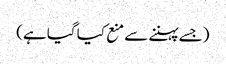
(جسے پہننے سے منع کیا گیا ہے)